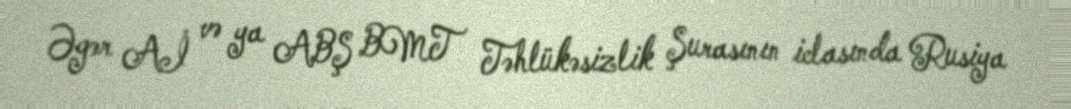
Əgər Aİ və ya ABŞ BMT Təhlükəsizlik Şurasının iclasında Rusiya